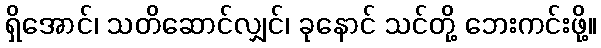
ရှိအောင်၊ သတိဆောင်လျှင်၊ ခုနောင် သင်တို့ ဘေးကင်းဖို့။